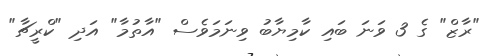
"ރާޒް" ގެ 3 ވަނަ ބައި ކާމިޔާބު ވިނަމަވެސް "އާތުމާ" އަދި "ކްރީޗާ"